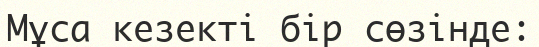
Мұса кезекті бір сөзінде: